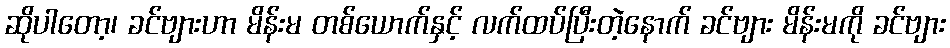
ဆိုပါတော့၊ ခင်ဗျားဟာ မိန်းမ တစ်ယောက်နှင့် လက်ထပ်ပြီးတဲ့နောက် ခင်ဗျား မိန်းမကို ခင်ဗျား